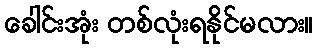
ခေါင်းအုံး တစ်လုံးရနိုင်မလား။